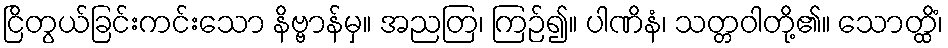
ငြိတွယ်ခြင်းကင်းသော နိဗ္ဗာန်မှ။ အညတြ၊ ကြဉ်၍။ ပါဏိနံ၊ သတ္တဝါတို့၏။ သောတ္ထိံ၊